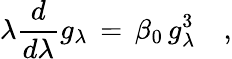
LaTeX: \lambda{\frac{d}{d\lambda}}g_{\lambda}\, =\, \beta_{0}\, g_{\lambda}^{3}\quad,